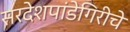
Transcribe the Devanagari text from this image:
सरदेशपांडेगिरीचे